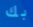
بك